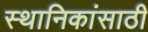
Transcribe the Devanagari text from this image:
स्थानिकांसाठी